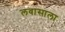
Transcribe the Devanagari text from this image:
लवासाला